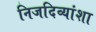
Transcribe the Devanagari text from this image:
निजदिव्यांशा